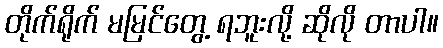
တိုက်ရိုက် မမြင်တွေ့ ရဘူးလို့ ဆိုလို တာပါ။